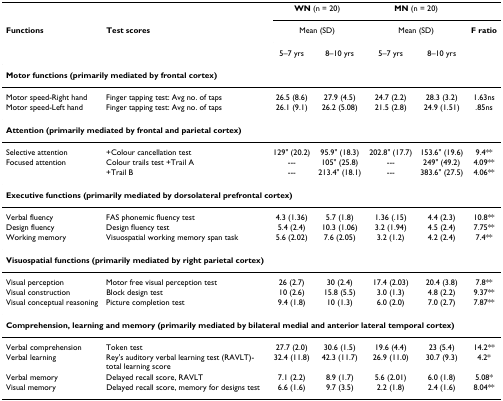
<table><thead><tr><td></td><td></td><td colspan="2"><b>WN (n = 20)</b></td><td colspan="2"><b>MN (n = 20)</b></td><td></td></tr><tr><td><b>Functions</b></td><td><b>Test scores</b></td><td colspan="2"><b>Mean (SD)</b></td><td colspan="2"><b>Mean (SD)</b></td><td><b>F ratio</b></td></tr><tr><td></td><td></td><td><b>5–7 yrs</b></td><td><b>8–10 yrs</b></td><td><b>5–7 yrs</b></td><td><b>8–10 yrs</b></td><td></td></tr></thead><tbody><tr><td colspan="7"><b>Motor functions (primarily mediated by frontal cortex)</b></td></tr><tr><td>Motor speed-Right hand</td><td>Finger tapping test: Avg no. of taps</td><td>26.5 (8.6)</td><td>27.9 (4.5)</td><td>24.7 (2.2)</td><td>28.3 (3.2)</td><td>1.63ns</td></tr><tr><td>Motor speed-Left hand</td><td>Finger tapping test: Avg no. of taps</td><td>26.1 (9.1)</td><td>26.2 (5.08)</td><td>21.5 (2.8)</td><td>24.9 (1.51)</td><td>.85ns</td></tr><tr><td colspan="7"><b>Attention (primarily mediated by frontal and parietal cortex)</b></td></tr><tr><td>Selective attention</td><td>+Colour cancellation test</td><td>129&quot; (20.2)</td><td>95.9&quot; (18.3)</td><td>202.8&quot; (17.7)</td><td>153.6&quot; (19.6)</td><td>9.4**</td></tr><tr><td>Focused attention</td><td>Colour trails test +Trail A</td><td>---</td><td>105&quot; (25.8)</td><td>---</td><td>249&quot; (49.2)</td><td>4.09**</td></tr><tr><td></td><td>+Trail B</td><td>---</td><td>213.4&quot; (18.1)</td><td>---</td><td>383.6&quot; (27.5)</td><td>4.06**</td></tr><tr><td colspan="7"><b>Executive functions (primarily mediated by dorsolateral prefrontal cortex)</b></td></tr><tr><td>Verbal fluency</td><td>FAS phonemic fluency test</td><td>4.3 (1.36)</td><td>5.7 (1.8)</td><td>1.36 (.15)</td><td>4.4 (2.3)</td><td>10.8**</td></tr><tr><td>Design fluency</td><td>Design fluency test</td><td>5.4 (2.4)</td><td>10.3 (1.06)</td><td>3.2 (1.94)</td><td>4.5 (2.4)</td><td>7.75**</td></tr><tr><td>Working memory</td><td>Visuospatial working memory span task</td><td>5.6 (2.02)</td><td>7.6 (2.05)</td><td>3.2 (1.2)</td><td>4.2 (2.4)</td><td>7.4**</td></tr><tr><td colspan="7"><b>Visuospatial functions (primarily mediated by right parietal cortex)</b></td></tr><tr><td>Visual perception</td><td>Motor free visual perception test</td><td>26 (2.7)</td><td>30 (2.4)</td><td>17.4 (2.03)</td><td>20.4 (3.8)</td><td>7.8**</td></tr><tr><td>Visual construction</td><td>Block design test</td><td>10 (2.6)</td><td>15.8 (5.5)</td><td>3.0 (1.3)</td><td>4.8 (2.2)</td><td>9.37**</td></tr><tr><td>Visual conceptual reasoning</td><td>Picture completion test</td><td>9.4 (1.8)</td><td>10 (1.3)</td><td>6.0 (2.0)</td><td>7.0 (2.7)</td><td>7.87**</td></tr><tr><td colspan="7"><b>Comprehension, learning and memory (primarily mediated by bilateral medial and anterior lateral temporal cortex)</b></td></tr><tr><td>Verbal comprehension</td><td>Token test</td><td>27.7 (2.0)</td><td>30.6 (1.5)</td><td>19.6 (4.4)</td><td>23 (5.4)</td><td>14.2**</td></tr><tr><td>Verbal learning</td><td>Rey&#x27;s auditory verbal learning test (RAVLT)-total learning score</td><td>32.4 (11.8)</td><td>42.3 (11.7)</td><td>26.9 (11.0)</td><td>30.7 (9.3)</td><td>4.2*</td></tr><tr><td>Verbal memory</td><td>Delayed recall score, RAVLT</td><td>7.1 (2.2)</td><td>8.9 (1.7)</td><td>5.6 (2.01)</td><td>6.0 (1.8)</td><td>5.08*</td></tr><tr><td>Visual memory</td><td>Delayed recall score, memory for designs test</td><td>6.6 (1.6)</td><td>9.7 (3.5)</td><td>2.2 (1.8)</td><td>2.4 (1.6)</td><td>8.04**</td></tr></tbody></table>